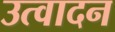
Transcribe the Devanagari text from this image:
उत्वादन